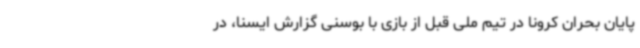
پایان بحران کرونا در تیم ملی قبل از بازی با بوسنی گزارش ایسنا، در